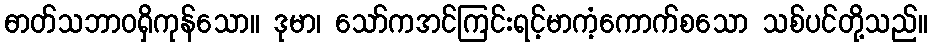
ဓာတ်သဘာဝရှိကုန်သော။ ဒုမာ၊ သော်ကအင်ကြင်းရင့်မာကံ့ကောက်စသော သစ်ပင်တို့သည်။